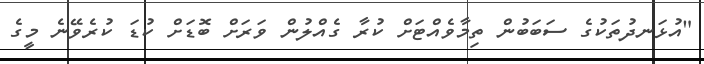
"އުޅަނދުތަކުގެ ސަބަބުން ތިމާވެއްޓަށް ކުރާ ގެއްލުން ވަރަށް ބޮޑަށް ކުޑަ ކުރެވޭނެ މީގެ